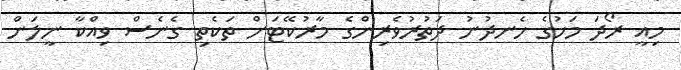
މިއީ ރޯދަ މަހުގެ ހެނދުނު ދަތުރުވެރިންގެ މާރުކޭޓަށް ތަކެތި ގެނެސް ވިއްކާ ނީލަން